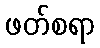
ဖတ်စရာ